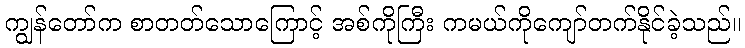
ကျွန်တော်က စာတတ်သောကြောင့် အစ်ကိုကြီး ကမယ်ကိုကျော်တက်နိုင်ခဲ့သည်။